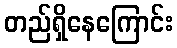
တည်ရှိနေကြောင်း